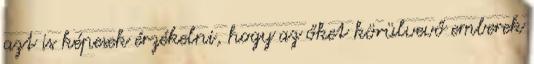
azt is képesek érzékelni, hogy az őket körülvevő emberek